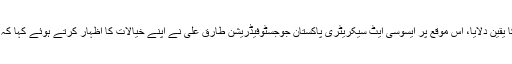
مستقبل میں گورنر سندھ عمران اسماعیل نے جوجسٹو فیڈریشن کو اپنے مکمل تعاون کا یقین دلایا، اس موقع پر ایسوسی ایٹ سیکریٹری پاکستان جوجسٹوفیڈریشن طارق علی نے اپنے خیالات کا اظہار کرتے ہوئے کہا کہ گورنر سندھ کی دیگر کھیلوں کی طرح جوجسٹو میں دلچسپی کا اظہار خوش آئند ہے ۔